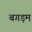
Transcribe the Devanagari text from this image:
बगड़म